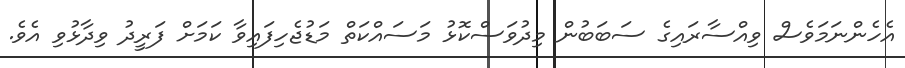
އެހެންނަމަވެސް ވިއްސާރައިގެ ސަބަބުން މިދުވަސްކޮޅު މަސައްކަތް މަޑުޖެހިފައިވާ ކަމަށް ފަރީދު ވިދާޅުވި އެވެ.